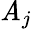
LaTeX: \mathit{A}_{j}